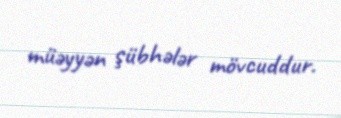
müəyyən şübhələr mövcuddur.